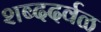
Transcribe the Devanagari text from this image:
शब्ददर्वळ